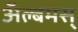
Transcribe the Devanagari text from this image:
अॅल्बमस्